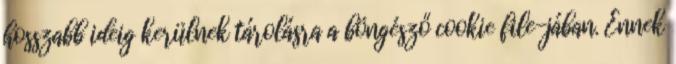
hosszabb ideig kerülnek tárolásra a böngésző cookie file-jában. Ennek